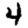
Digit: 4